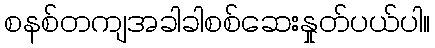
စနစ်တကျအခါခါစစ်ဆေးနှုတ်ပယ်ပါ။